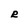
Character: R